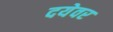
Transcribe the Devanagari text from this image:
दयेवर